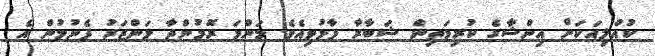
ކުއްލިއަކަށް އިންޝާގެ ކުރިމަތިން ޝަބާރާ ފާޅުވިއެވެ. މަންމަ ރޮމުންދާ މަންޒަރު ފެނުމުން އެ